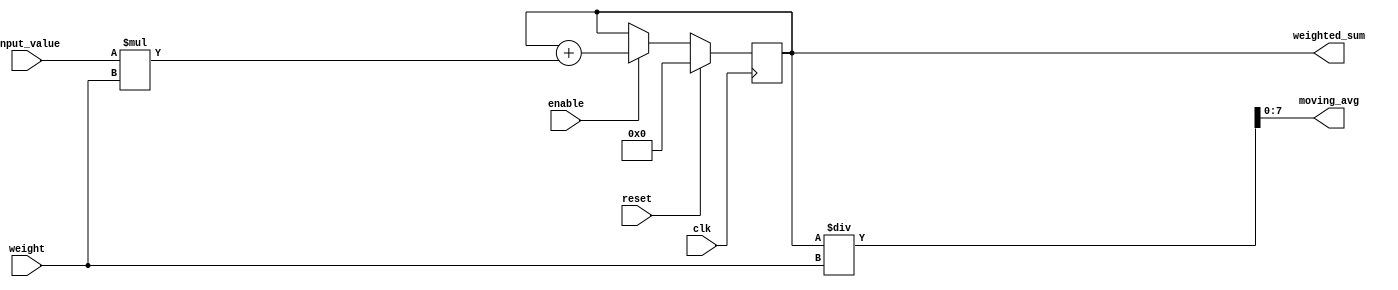
module weighted_moving_avg_accumulator (
    input wire clk,
    input wire reset,
    input wire enable,
    input wire [7:0] input_value,
    input wire [7:0] weight,
    output wire [15:0] weighted_sum,
    output wire [7:0] moving_avg
);

reg [15:0] accumulator;

always @(posedge clk) begin
    if (reset) begin
        accumulator <= 16'h0000; // Clear accumulator
    end else if (enable) begin
        accumulator <= accumulator + (input_value * weight); // Multiply and accumulate
    end
end

assign weighted_sum = accumulator;
assign moving_avg = weighted_sum / weight; // Divide sum by total weight to get moving average

endmodule